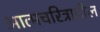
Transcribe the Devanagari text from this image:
आत्मचरित्रातील